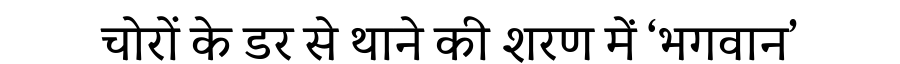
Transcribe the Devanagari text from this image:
चोरों के डर से थाने की शरण में ‘भगवान’